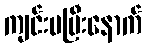
ကျင်းပပြီးနောက်